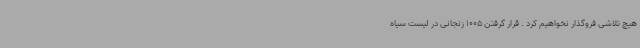
هیچ تلاشی فروگذار نخواهیم کرد . قرار گرفتن 1005 زنجانی در لیست سیاه